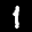
Label: 1